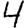
Digit: 4